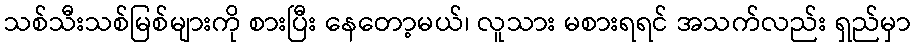
သစ်သီးသစ်မြစ်များကို စားပြီး နေတော့မယ်၊ လူသား မစားရရင် အသက်လည်း ရှည်မှာ